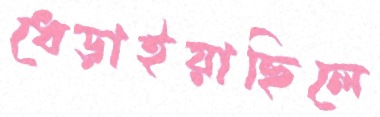
ধেড়াইয়াছিলে